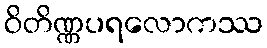
ဝိတိဏ္ဏပရလောကဿ